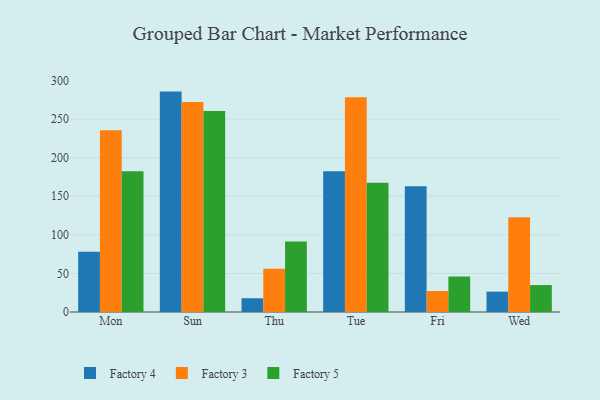
{"axis": {"x": "Day", "y": "Latency (ms)"}, "legend": ["Factory 3", "Factory 4", "Factory 5"], "data": [{"x": "Mon", "y": 78.1, "type": "Factory 4"}, {"x": "Mon", "y": 235.5, "type": "Factory 3"}, {"x": "Mon", "y": 182.6, "type": "Factory 5"}, {"x": "Sun", "y": 285.7, "type": "Factory 4"}, {"x": "Sun", "y": 272.3, "type": "Factory 3"}, {"x": "Sun", "y": 260.7, "type": "Factory 5"}, {"x": "Thu", "y": 17.8, "type": "Factory 4"}, {"x": "Thu", "y": 56.1, "type": "Factory 3"}, {"x": "Thu", "y": 91.3, "type": "Factory 5"}, {"x": "Tue", "y": 182.6, "type": "Factory 4"}, {"x": "Tue", "y": 278.5, "type": "Factory 3"}, {"x": "Tue", "y": 167.5, "type": "Factory 5"}, {"x": "Fri", "y": 162.9, "type": "Factory 4"}, {"x": "Fri", "y": 27.2, "type": "Factory 3"}, {"x": "Fri", "y": 46.0, "type": "Factory 5"}, {"x": "Wed", "y": 26.4, "type": "Factory 4"}, {"x": "Wed", "y": 122.7, "type": "Factory 3"}, {"x": "Wed", "y": 34.9, "type": "Factory 5"}]}